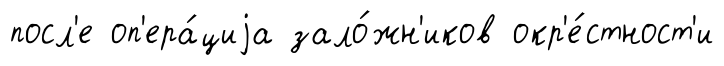
посл'е оп'ера́циjа зало́жн'иков окр'е́стност'и